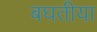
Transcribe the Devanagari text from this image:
बघतीया